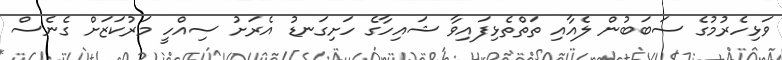
ވަޅިހެރުމުގެ ސަބަބުން ލެއާއި ތަތްތެޅިފައިވާ ޝައިހާގެ ހަށިގަނޑު އެރަށު ސިއްހީ މަރުކަޒަށް ގެނެސް